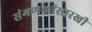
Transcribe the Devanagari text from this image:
संगणकांसारखी